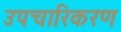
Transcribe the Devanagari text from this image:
उपचारिकरण